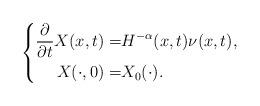
LaTeX: \begin{align*}\left\{\begin{aligned} \frac{\partial }{\partial t} X(x,t)=& H^{-\alpha}(x,t)\nu(x,t), \\ X(\cdot,0)= & X_0(\cdot).\end{aligned}\right.\end{align*}